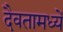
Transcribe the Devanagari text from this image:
दैवतामध्यें